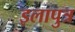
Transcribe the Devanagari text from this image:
इलापुत्र